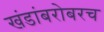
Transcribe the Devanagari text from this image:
खंडांबरोबरच